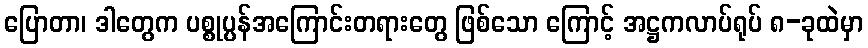
ပြောတာ၊ ဒါတွေက ပစ္စုပ္ပန်အကြောင်းတရားတွေ ဖြစ်သော ကြောင့် အဋ္ဌကလာပ်ရုပ် ၈-ခုထဲမှာ